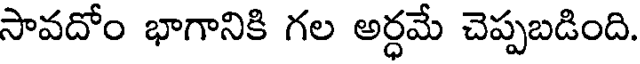
సావదోం భాగానికి గల అర్ధమే చెప్పబడింది.